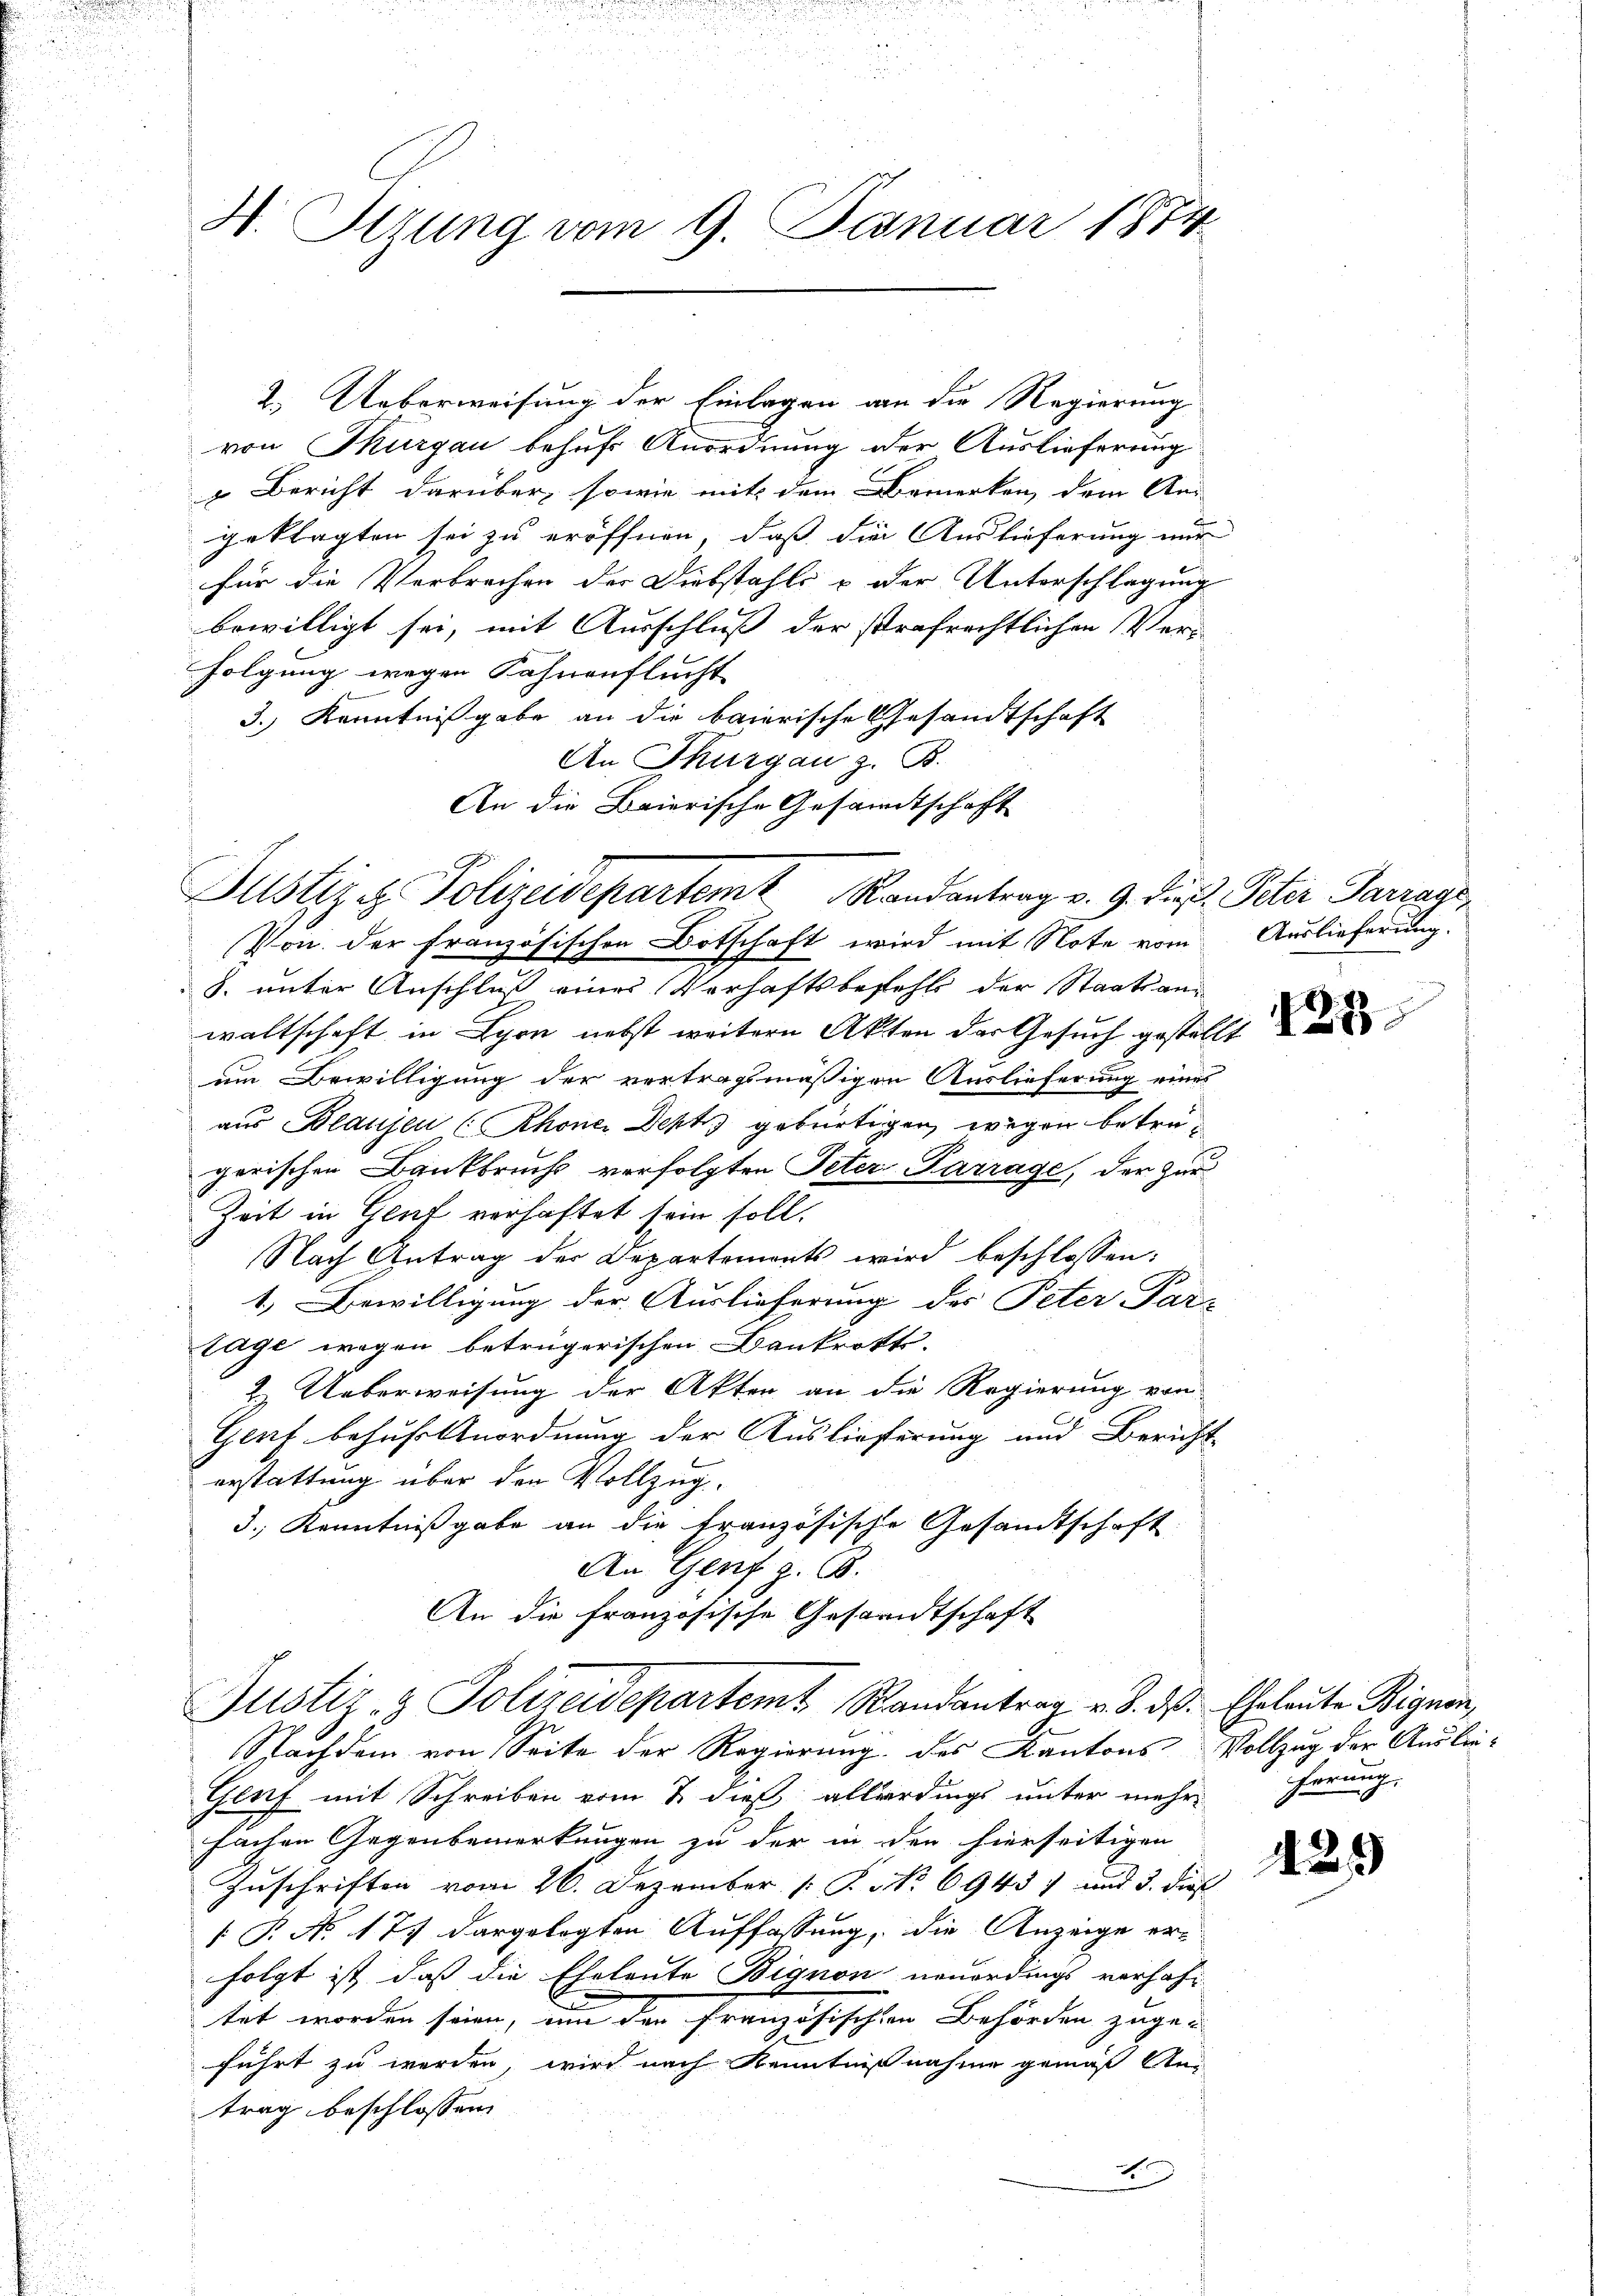
H. Irrung vom 9. Januar 1874.

2. Ueberweisung der Einlagen an die Regierung
von Thurgau behufs Anordnung der Auslieferung
 Bericht darüber, sowie mit dem Bemerken dem An
geklagten sei zu eröffnen, daß die Auslieferung nur
für die Verbrechen der Diebstahls & der Unterschlagung
bewilligt sei, mit Ausschluß der strafrechtlichen Verfolgung wegen Fahnenflucht
3.) Kenntnißgabe an die baierische Gesandtschaft
An Thurgau z. B.
An die Baierische Gesandtschaft

8. unter Anschluß eines Verhaftsbefehls der Staatsan
waltschaft in Lyon nebst weitern Akten der Gesuch gestellt
um Bewilligung der vertragsmäßigen Auslieferung eines
aus Beaujen (Rhoner Dept gebürtigen, wegen betregerischen Bankbruchs verfolgten Peter Parrage, der Zur
Zeit in Genf verhaftet sein soll.
Nach Antrag der Departemonts wird beschlossen:
1.) Bewilligung der Auslieferung des Peter Par-
sage wegen betrügerischen Dankrotts-
2. Ueberweisung der Akten an die Regierung von
Genf behufetsnordnung der Auslieferung und Bericht
erstattung über den Vollzug.
3.) Kenntnißgabe an die französische Gesandtschaft
An Genf z. B.
An die französische Gesandtschaft

Justiz & Polizeidepartem Randantrag v. 9. die Peter Parrage,
Von der französischen Botschaft wird mit Note vom Auslieferung.

Justiz- & Polizeidepartem Randantrag v. 8. dβ. Eheleute Bignen,
Nachdem von Seite der Regierung des Kantons Vollzug der Auslie¬

Genf mit Schreiben vom 2. dieß allerdings unter mehr
fachen Gegenbemerkungen zu der in den hierseitigen
Zuschriften vom 26. Dezember [ P. No 69457 und 3. dies
 P. No 177 dargelegten Auffassung, die Anzeige er-
folgt ist, daß die Eheleute Bignon neuerdings verhaftet worden seien, um den französischen Behörden zugeführt zu werden, wird nach Kenntnißnahme gemäß stei
trag beschlossen
2

ferung,

425